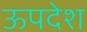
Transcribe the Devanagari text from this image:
ऊपदेश